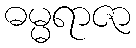
ဓမ္မရာဇာ